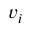
v _ { i }